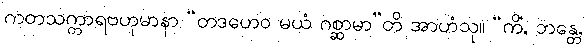
ကတသက္ကာရဗဟုမာနာ “တဒဟေဝ မယံ ဂစ္ဆာမာ”တိ အာဟံသု။ “ကိံ, ဘန္တေ,